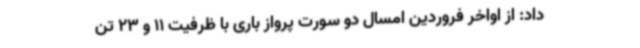
داد: از اواخر فروردین امسال دو سورت پرواز باری با ظرفیت 11 و 23 تن